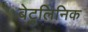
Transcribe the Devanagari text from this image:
बेटुलिनिक